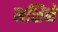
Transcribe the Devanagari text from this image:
मशिनें